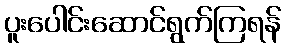
ပူးပေါင်းဆောင်ရွက်ကြရန်